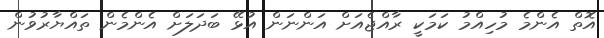
އޮތް އެންމެ މުހިއްމު ކަމަކީ ރާއްޖެއަށް އަންނަން އުޅޭ ބަދަލަށް އެންމެން ތައްޔާރުވުން